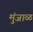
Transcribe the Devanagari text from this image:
मुंजाळ